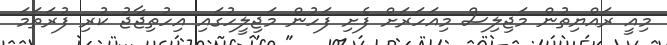
މިއީ ރައްޔިތުން މަޖިލިސް މިއަހަރަށް ފެށި ފަހުން މަޖިލީހުގައި އިހުތިޖާޖު ކުރި ފުރަތަމަ